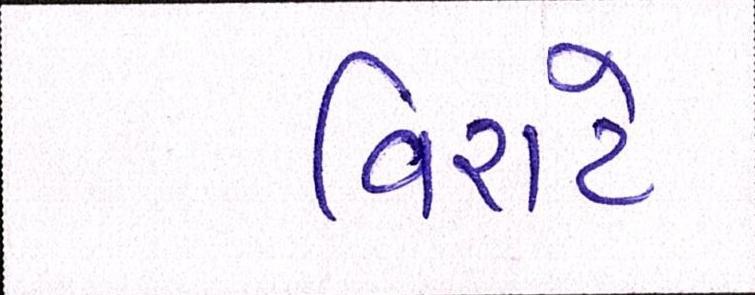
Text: વિરાટે